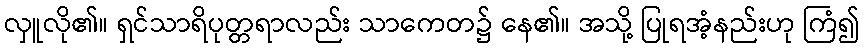
လှူလို၏။ ရှင်သာရိပုတ္တရာလည်း သာကေတ၌ နေ၏။ အသို့ ပြုရအံ့နည်းဟု ကြံ၍